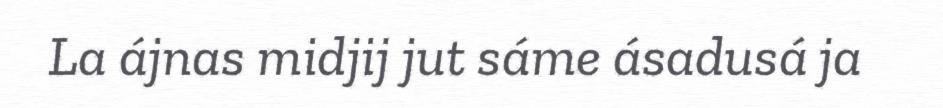
La ájnas midjij jut sáme ásadusá ja